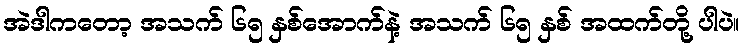
အဲဒါကတော့ အသက် ၆၅ နှစ်အောက်နဲ့ အသက် ၆၅ နှစ် အထက်တို့ ပါပဲ။